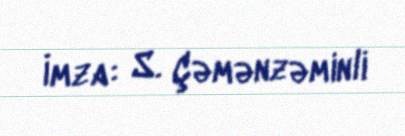
İmza: S. Çəmənzəminli